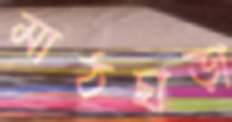
মাঠছাড়া